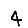
Digit: 4